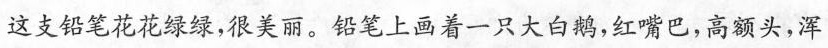
这支铅笔花花绿绿，很美丽。铅笔上画着一只大白鹅，红嘴巴，高额头，浑